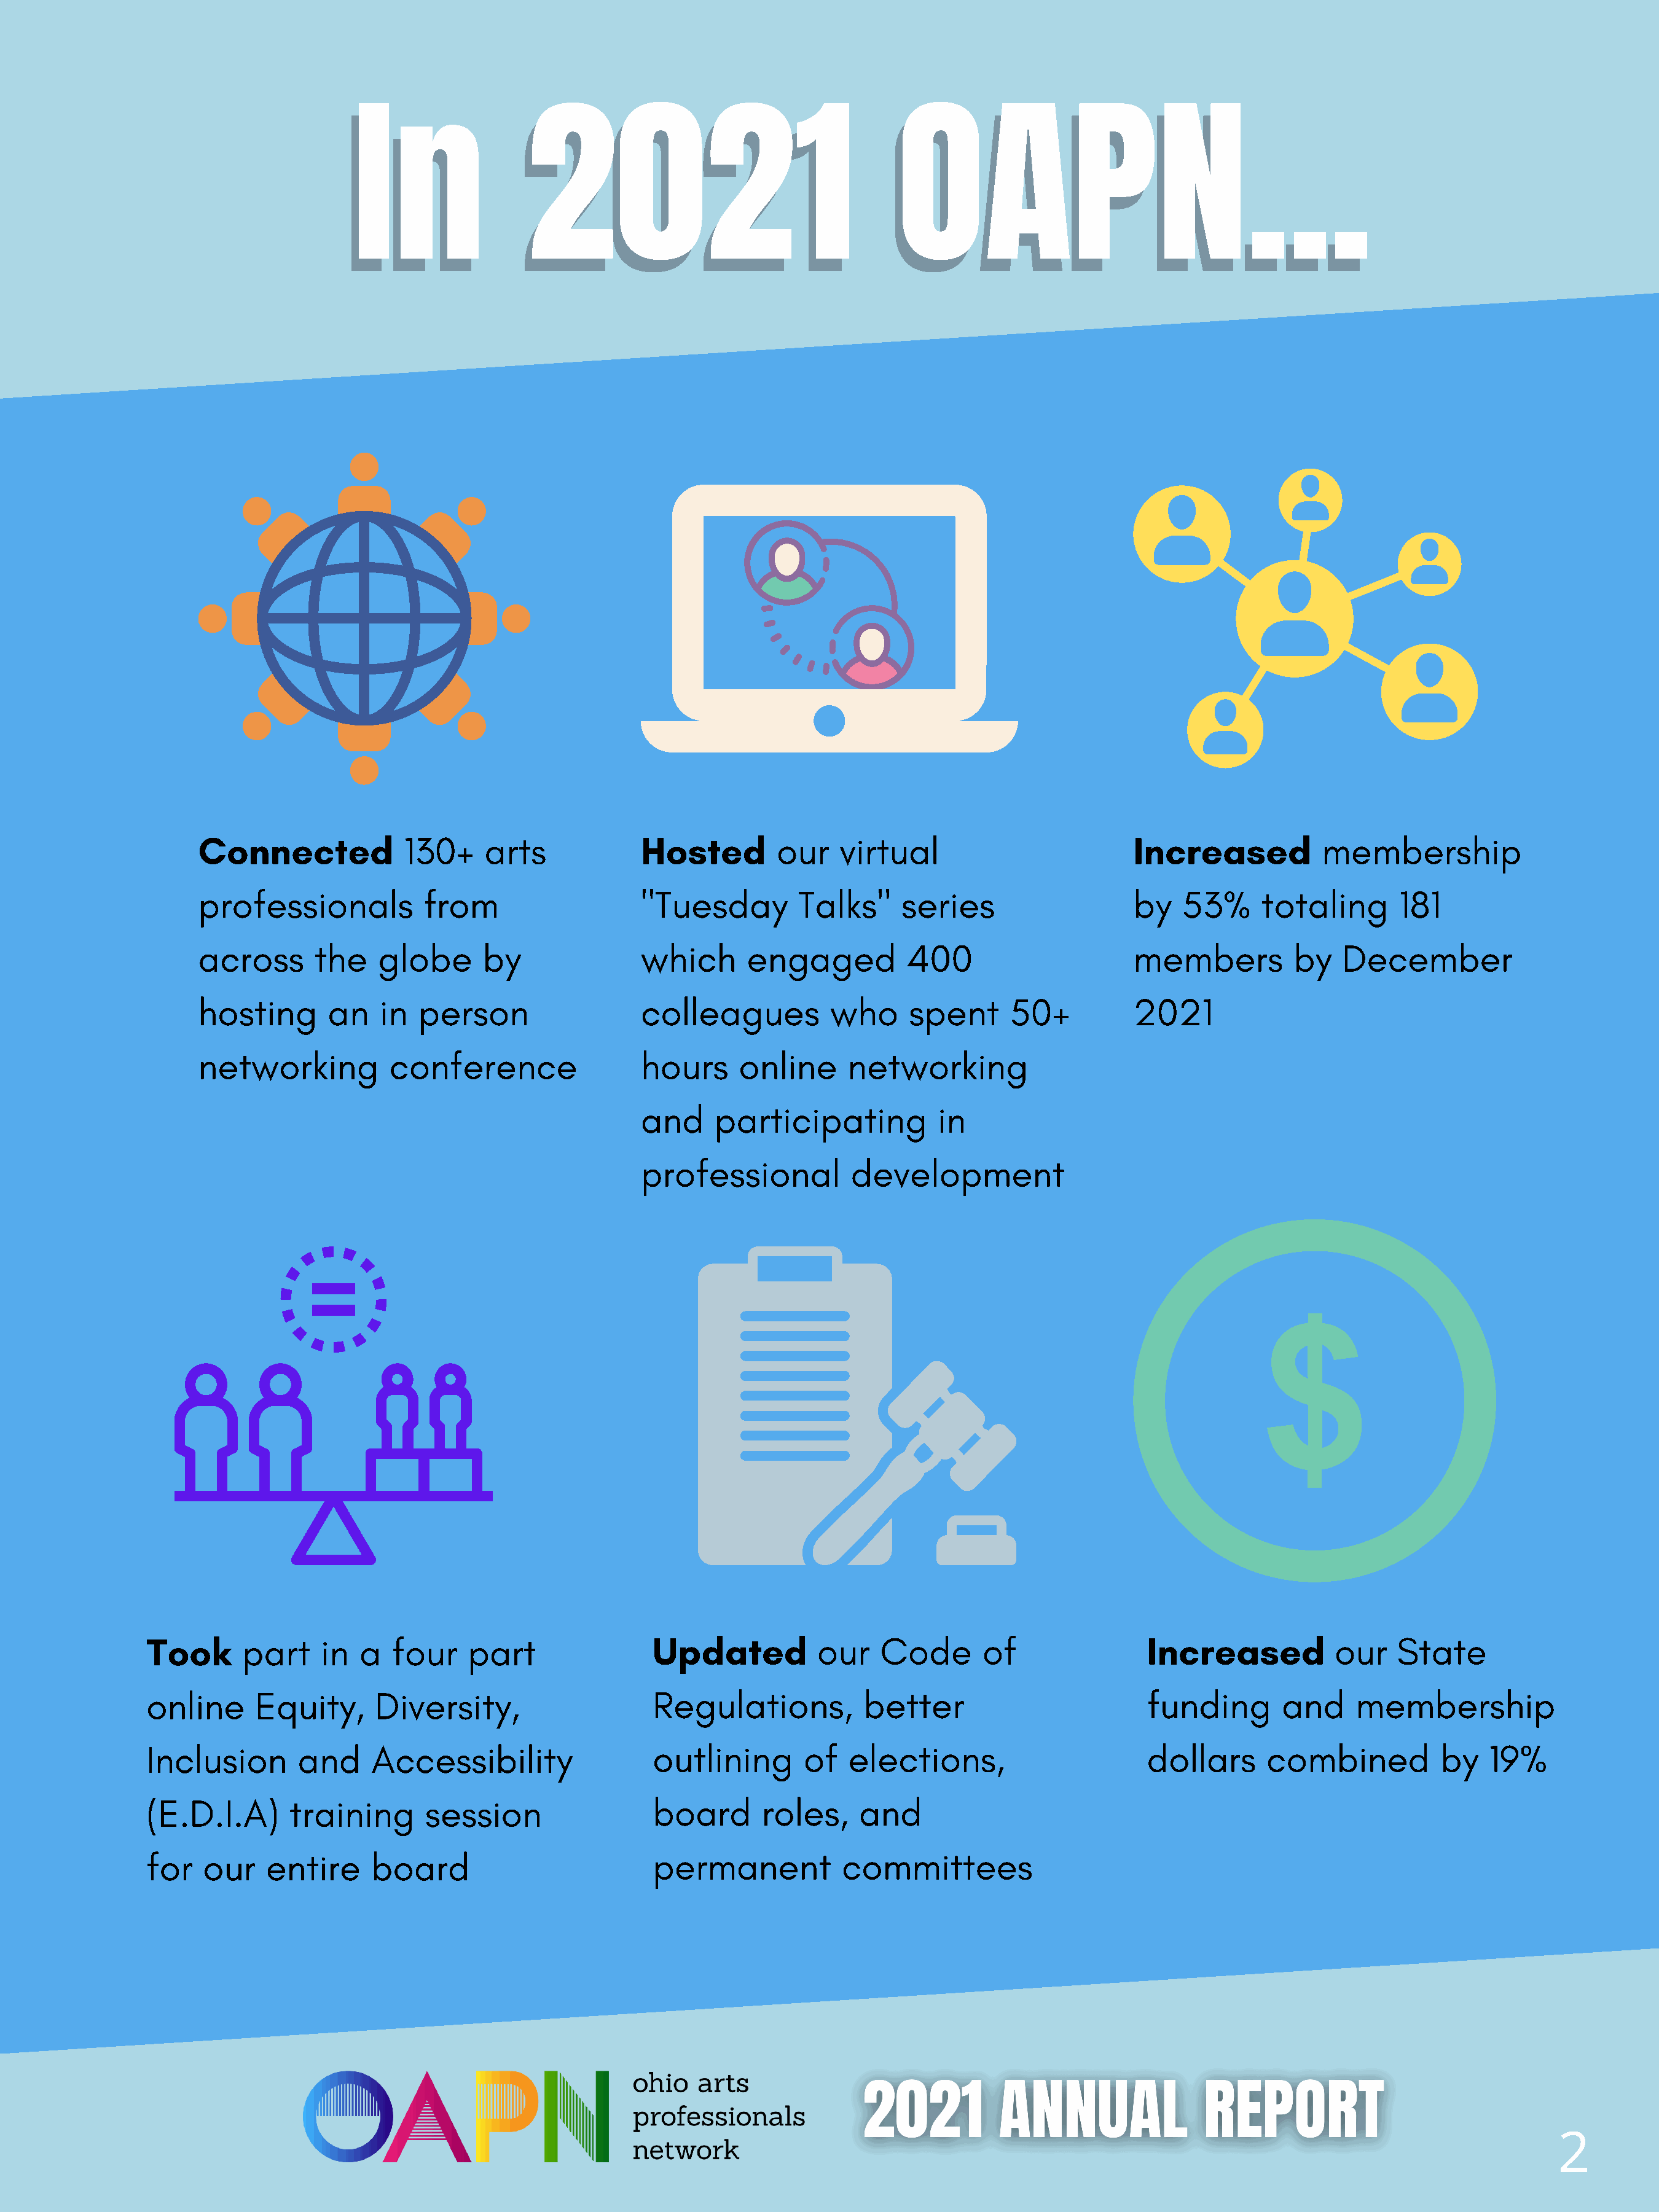
In                 2021                                    OAPN...
 In                 2021                                    OAPN...
 Connected              130+    arts             Hosted         our   virtual                         Increased           membership
 professionals            from                   "Tuesday         Talks"     series                   by   53%      totaling       181
 across       the    globe      by               which      engaged           400                     members          by    December
 hosting       an    in  person                  colleagues          who      spent      50+          2021
 networking           conference                 hours      online     networking
 and     participating           in
 professional           development
 Took      part     in  a  four    part                Updated           our    Code       of                Increased           our   State
 online     Equity,      Diversity,                    Regulations,           better                         funding       and     membership
 Inclusion       and     Accessibility                 outlining        of  elections,                       dollars     combined           by   19%
 (E.D.I.A)      training       session                 board       roles,     and
 for   our    entire     board                         permanent            committees
 2